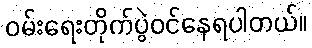
ဝမ်းရေးတိုက်ပွဲဝင်နေရပါတယ်။